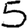
Digit: 5